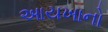
આયખાનો